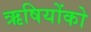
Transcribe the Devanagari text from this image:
ऋषियोंको